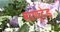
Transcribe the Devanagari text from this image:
वाण्टेड